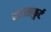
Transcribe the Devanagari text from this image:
शटासफुर्ट